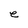
Character: e